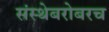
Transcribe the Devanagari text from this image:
संस्थेबरोबरच